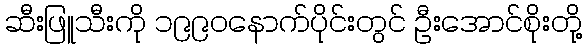
ဆီးဖြူသီးကို ၁၉၉၀နောက်ပိုင်းတွင် ဦးအောင်စိုးတို့